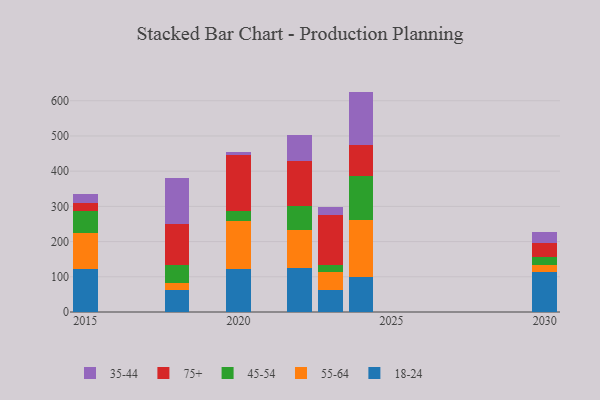
{"axis": {"x": "Year", "y": "Bounce Rate (%)"}, "legend": ["18-24", "35-44", "45-54", "55-64", "75+"], "data": [{"x": "2023", "y": 62.0, "type": "18-24"}, {"x": "2023", "y": 51.4, "type": "55-64"}, {"x": "2023", "y": 19.5, "type": "45-54"}, {"x": "2023", "y": 143.8, "type": "75+"}, {"x": "2023", "y": 22.2, "type": "35-44"}, {"x": "2020", "y": 121.8, "type": "18-24"}, {"x": "2020", "y": 137.1, "type": "55-64"}, {"x": "2020", "y": 29.4, "type": "45-54"}, {"x": "2020", "y": 158.4, "type": "75+"}, {"x": "2020", "y": 8.8, "type": "35-44"}, {"x": "2015", "y": 121.5, "type": "18-24"}, {"x": "2015", "y": 103.2, "type": "55-64"}, {"x": "2015", "y": 62.0, "type": "45-54"}, {"x": "2015", "y": 21.6, "type": "75+"}, {"x": "2015", "y": 27.2, "type": "35-44"}, {"x": "2030", "y": 113.2, "type": "18-24"}, {"x": "2030", "y": 21.0, "type": "55-64"}, {"x": "2030", "y": 23.1, "type": "45-54"}, {"x": "2030", "y": 38.1, "type": "75+"}, {"x": "2030", "y": 32.2, "type": "35-44"}, {"x": "2022", "y": 125.7, "type": "18-24"}, {"x": "2022", "y": 107.2, "type": "55-64"}, {"x": "2022", "y": 67.6, "type": "45-54"}, {"x": "2022", "y": 128.7, "type": "75+"}, {"x": "2022", "y": 73.7, "type": "35-44"}, {"x": "2024", "y": 100.6, "type": "18-24"}, {"x": "2024", "y": 160.5, "type": "55-64"}, {"x": "2024", "y": 125.4, "type": "45-54"}, {"x": "2024", "y": 86.5, "type": "75+"}, {"x": "2024", "y": 153.0, "type": "35-44"}, {"x": "2018", "y": 62.5, "type": "18-24"}, {"x": "2018", "y": 21.2, "type": "55-64"}, {"x": "2018", "y": 50.3, "type": "45-54"}, {"x": "2018", "y": 115.5, "type": "75+"}, {"x": "2018", "y": 131.6, "type": "35-44"}]}